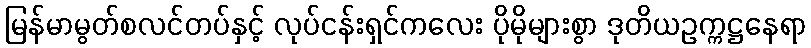
မြန်မာမွတ်စလင်တပ်နှင့် လုပ်ငန်းရှင်ကလေး ပိုမိုများစွာ ဒုတိယဥက္ကဋ္ဌနေရာ